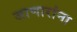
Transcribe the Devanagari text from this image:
जाणारांना